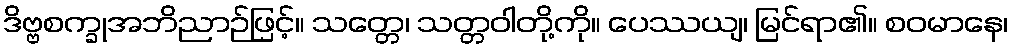
ဒိဗ္ဗစက္ခုအဘိညာဉ်ဖြင့်။ သတ္တေ၊ သတ္တဝါတို့ကို။ ပေဿယျ၊ မြင်ရာ၏။ စဝမာနေ၊